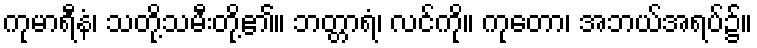
ကုမာရီနံ၊ သတို့သမီးတို့၏။ ဘတ္တာရံ၊ လင်ကို။ ကုတော၊ အဘယ်အရပ်၌။